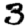
Digit: 3